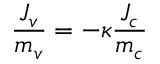
\frac { J _ { v } } { m _ { v } } = - \kappa \frac { J _ { c } } { m _ { c } }